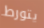
يتورط